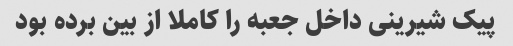
پیک شیرینی داخل جعبه را کاملا از بین برده بود